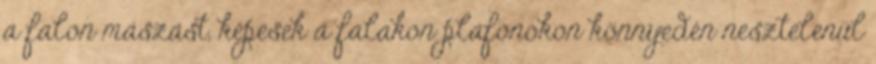
a falon mászást, képesek a falakon plafonokon könnyedén nesztelenül